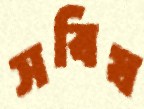
সবিষ